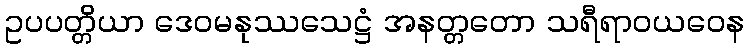
ဥပပတ္တိယာ ဒေဝမနုဿသေဋ္ဌံ အနတ္တတော သရီရာဝယဝေန